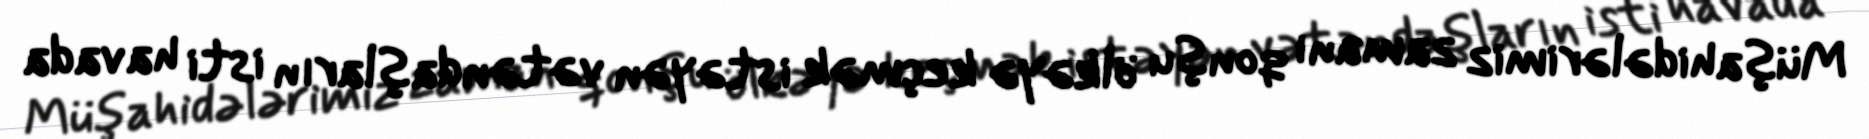
Müşahidələrimiz zamanı qonşu ölkəyə keçmək istəyən vətəndaşların isti havada